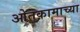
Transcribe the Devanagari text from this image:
ओतकामाच्या